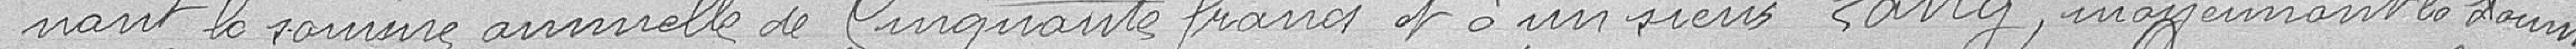
nant la somme annuelle de Cinquante francs et à un sieur Lang, moyennant la somme